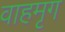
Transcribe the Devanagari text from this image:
वाहमृग